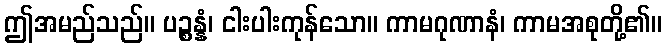
ဤအမည်သည်။ ပဉ္စန္နံ၊ ငါးပါးကုန်သော။ ကာမဂုဏာနံ၊ ကာမအစုတို့၏။